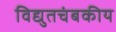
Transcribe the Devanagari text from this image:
विद्युतचंबकीय